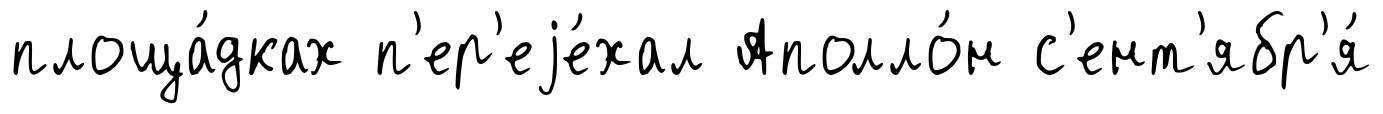
площа́дках п'ер'еjе́хал Аполло́н с'ент'ябр'я́